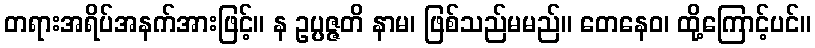
တရားအရိပ်အနက်အားဖြင့်။ န ဥပ္ပဇ္ဇတိ နာမ၊ ဖြစ်သည်မမည်။ တေနေဝ၊ ထို့ကြောင့်ပင်။